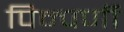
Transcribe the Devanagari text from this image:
पिम्पर्णी